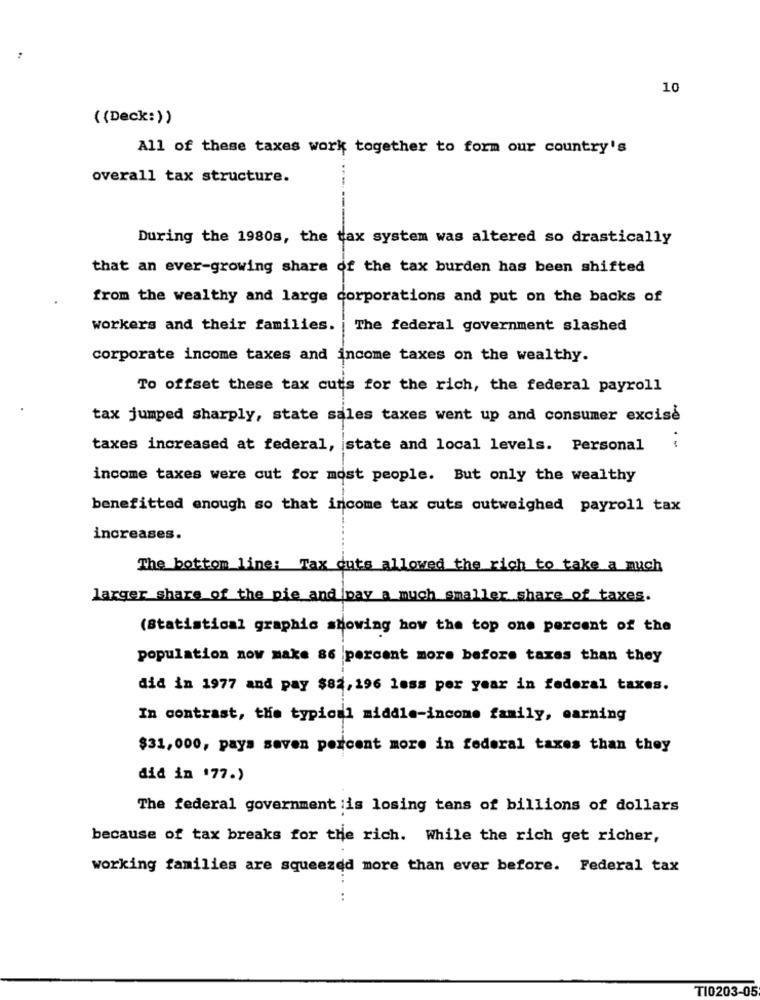
10
((Deck:))
All of these taxes work together to form our country's
overall tax structure.
During the 1980s, the tax system was altered so drastically
that an ever-growing share of the tax burden has been shifted
from the wealthy and large corporations and put on the backs of
workers and their families.
The federal government slashed
corporate income taxes and income taxes on the wealthy.
To offset these tax cuts for the rich, the federal payroll
tax jumped sharply, state sales taxes went up and consumer excise
taxes increased at federal, state and local levels. Personal
.-
income taxes were cut for most people. But only the wealthy
benefitted enough so that income tax cuts outweighed payroll tax
increases.
The bottom line: Tax cuts allowed the rich to take a much
larger share of the pie and pay a much smaller share of taxes.
(Statistical graphic showing how the top one percent of the
population now make 86 percent more before taxes than they
did in 1977 and pay $82, 196 less per year in federal taxes.
In contrast, the typical middle-income family, earning
$31,000, pays seven percent more in federal taxes than they
did in '77.)
The federal government is losing tens of billions of dollars
because of tax breaks for the rich. While the rich get richer,
working families are squeezed more than ever before. Federal tax
..
TI0203-05